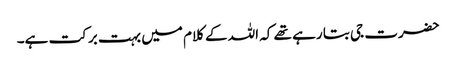
حضرت جی بتا رہے تھے کہ اللہ کے کلام میں بہت برکت ہے۔